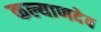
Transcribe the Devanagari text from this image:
कल्याणदेव